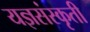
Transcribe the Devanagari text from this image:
यज्ञसंस्कृती